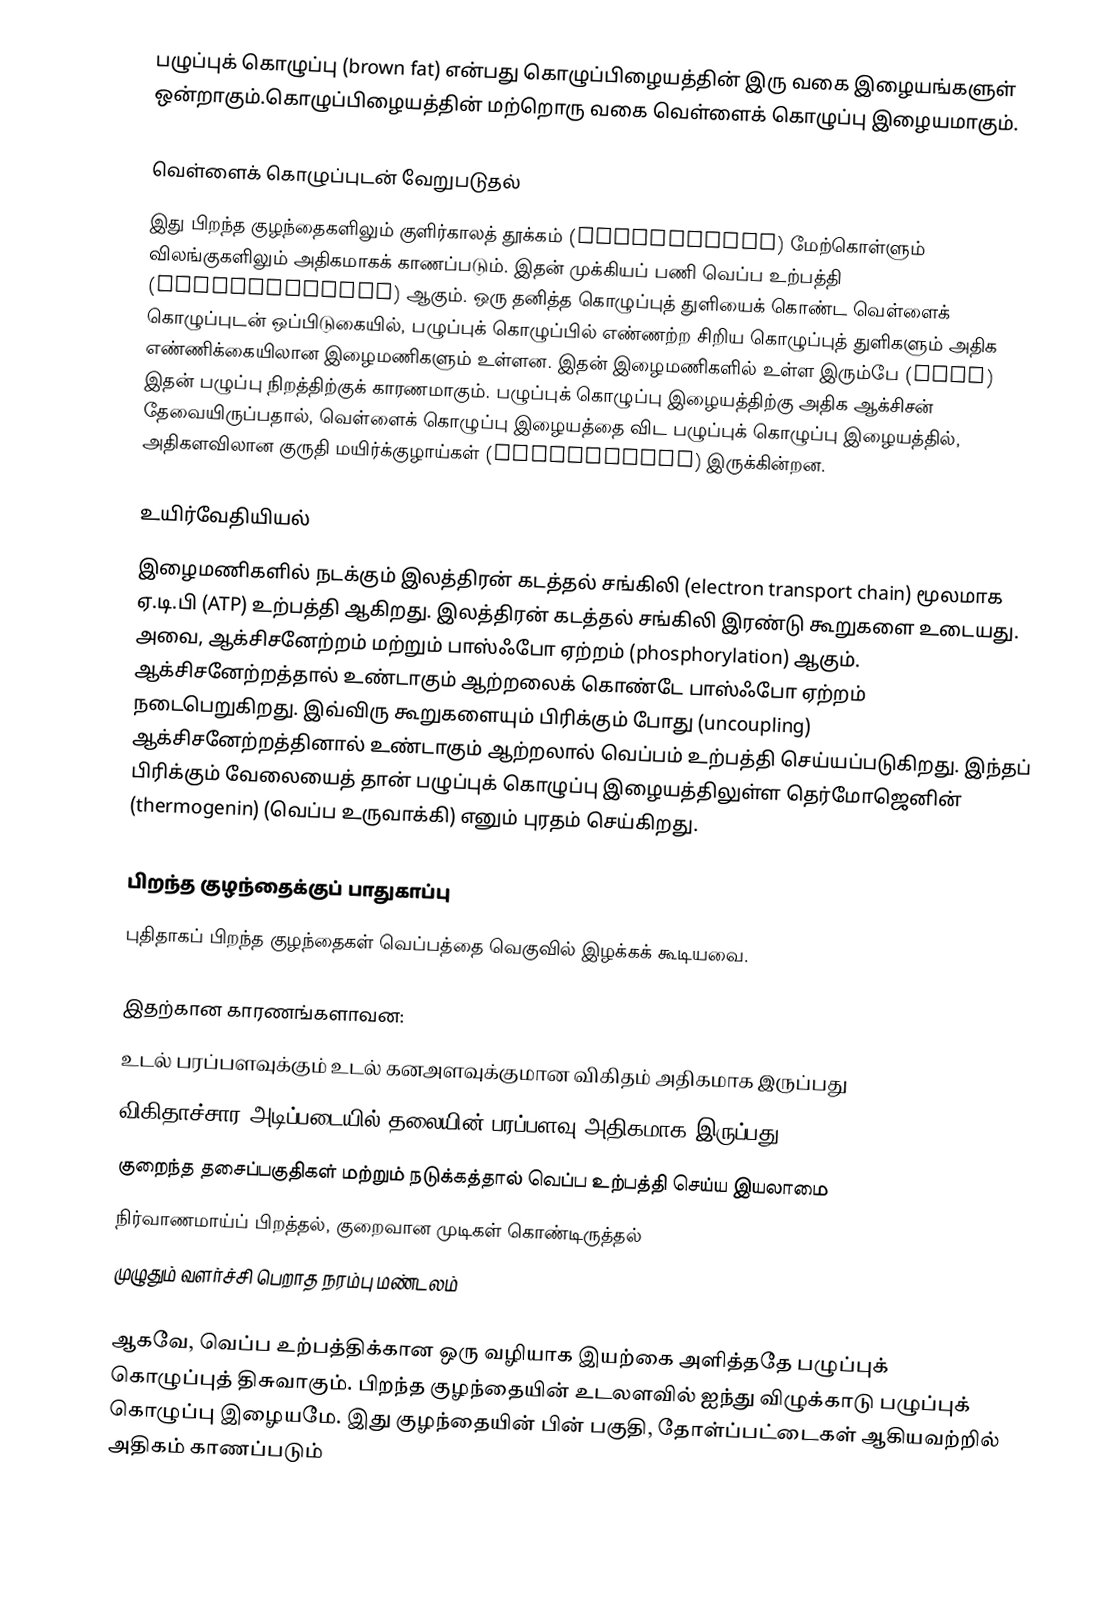
பழுப்புக் கொழுப்பு (brown fat) என்பது கொழுப்பிழையத்தின் இரு வகை இழையங்களுள் ஒன்றாகும்.கொழுப்பிழையத்தின் மற்றொரு வகை வெள்ளைக் கொழுப்பு இழையமாகும்.

வெள்ளைக்  கொழுப்புடன் வேறுபடுதல்
இது பிறந்த குழந்தைகளிலும் குளிர்காலத் தூக்கம் (hibernation) மேற்கொள்ளும் விலங்குகளிலும் அதிகமாகக் காணப்படும். இதன் முக்கியப் பணி வெப்ப உற்பத்தி (thermogenesis) ஆகும். ஒரு தனித்த கொழுப்புத் துளியைக் கொண்ட வெள்ளைக் கொழுப்புடன் ஒப்பிடுகையில், பழுப்புக் கொழுப்பில் எண்ணற்ற சிறிய கொழுப்புத் துளிகளும் அதிக எண்ணிக்கையிலான இழைமணிகளும் உள்ளன. இதன் இழைமணிகளில் உள்ள இரும்பே (iron) இதன் பழுப்பு நிறத்திற்குக் காரணமாகும். பழுப்புக் கொழுப்பு இழையத்திற்கு அதிக ஆக்சிசன் தேவையிருப்பதால், வெள்ளைக் கொழுப்பு இழையத்தை விட பழுப்புக் கொழுப்பு இழையத்தில், அதிகளவிலான குருதி மயிர்க்குழாய்கள் (capillaries) இருக்கின்றன.

உயிர்வேதியியல்
இழைமணிகளில் நடக்கும் இலத்திரன் கடத்தல் சங்கிலி (electron transport chain) மூலமாக ஏ.டி.பி (ATP) உற்பத்தி ஆகிறது. இலத்திரன் கடத்தல் சங்கிலி இரண்டு கூறுகளை உடையது. அவை, ஆக்சிசனேற்றம் மற்றும் பாஸ்ஃபோ ஏற்றம் (phosphorylation) ஆகும். ஆக்சிசனேற்றத்தால் உண்டாகும் ஆற்றலைக் கொண்டே  பாஸ்ஃபோ ஏற்றம் நடைபெறுகிறது. இவ்விரு கூறுகளையும் பிரிக்கும் போது (uncoupling) ஆக்சிசனேற்றத்தினால் உண்டாகும் ஆற்றலால் வெப்பம் உற்பத்தி செய்யப்படுகிறது. இந்தப் பிரிக்கும் வேலையைத் தான் பழுப்புக் கொழுப்பு இழையத்திலுள்ள தெர்மோஜெனின் (thermogenin) (வெப்ப உருவாக்கி) எனும் புரதம் செய்கிறது.

பிறந்த குழந்தைக்குப் பாதுகாப்பு
புதிதாகப் பிறந்த குழந்தைகள் வெப்பத்தை வெகுவில் இழக்கக் கூடியவை.

இதற்கான காரணங்களாவன:
 உடல் பரப்பளவுக்கும் உடல் கனஅளவுக்குமான விகிதம் அதிகமாக இருப்பது
 விகிதாச்சார அடிப்படையில் தலையின் பரப்பளவு அதிகமாக இருப்பது
 குறைந்த தசைப்பகுதிகள் மற்றும் நடுக்கத்தால் வெப்ப உற்பத்தி செய்ய இயலாமை
 நிர்வாணமாய்ப் பிறத்தல், குறைவான முடிகள் கொண்டிருத்தல்
 முழுதும் வளர்ச்சி பெறாத நரம்பு மண்டலம்

ஆகவே, வெப்ப உற்பத்திக்கான ஒரு வழியாக இயற்கை அளித்ததே பழுப்புக் கொழுப்புத் திசுவாகும். பிறந்த குழந்தையின் உடலளவில் ஐந்து விழுக்காடு பழுப்புக் கொழுப்பு இழையமே. இது குழந்தையின் பின் பகுதி, தோள்ப்பட்டைகள் ஆகியவற்றில் அதிகம் காணப்படும்